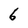
Character: 6